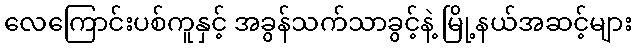
လေကြောင်းပစ်ကူနှင့် အခွန်သက်သာခွင့်နဲ့ မြို့နယ်အဆင့်များ